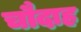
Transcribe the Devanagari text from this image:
चौदाह